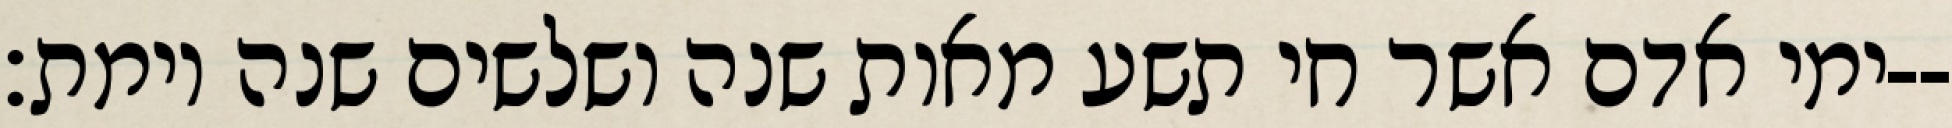
ימי אדם אשר חי תשע מאות שנה ושלשים שנה וימת׃--